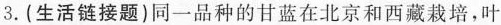
3. (生活链接题) 同一品种的甘蓝在北京和西藏栽培，叶